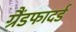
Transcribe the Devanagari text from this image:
ग्रैंडफादर्ड